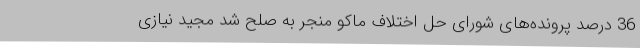
36 درصد پرونده‌های شورای حل اختلاف ماکو منجر به صلح شد مجید نیازی